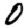
Digit: 0